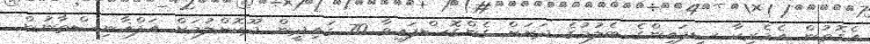
އެގޮތުން އެމެރިކާ ސިފައިންގެ ބެލުމުގެ ދަށަށް ގެންގޮސްފައިވާ 70 ގައިދީން ދޫކޮށްލުމަށް އަފްޣާނިސްތާނުން